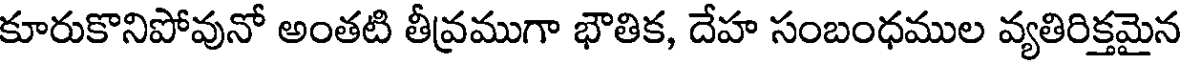
కూరుకొనిపోవునో అంతటి తీవ్రముగా భౌతిక, దేహ సంబంధముల వ్యతిరిక్తమైన